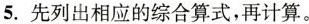
5.先列出相应的综合算式，再计算。